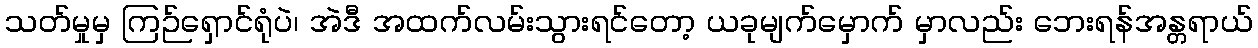
သတ်မှုမှ ကြဉ်ရှောင်ရုံပဲ၊ အဲဒီ အထက်လမ်းသွားရင်တော့ ယခုမျက်မှောက် မှာလည်း ဘေးရန်အန္တရာယ်